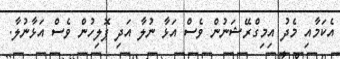
އެކަމާއި މެދު އިމިގްރޭޝަނުން ވެސް އަޅާ ނުލާ އަދި ޕޮލިހުން ވެސް އަޅާނުލާ.